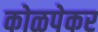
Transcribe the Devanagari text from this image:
कोळपेकर